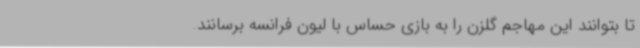
تا بتوانند این مهاجم گلزن را به بازی حساس با لیون فرانسه برسانند.